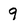
Character: 9